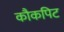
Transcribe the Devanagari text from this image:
कौकपिट